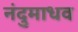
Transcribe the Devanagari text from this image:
नंदुमाधव